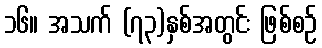
၁၆။ အသက် (၇၃)နှစ်အတွင်း ဖြစ်စဉ်